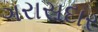
ગરાસદાર